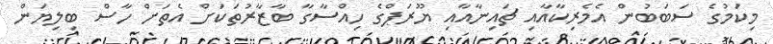
މިކަމުގެ ސަބަބުން އެމެރިކާއާއި ޗައިނާއާއި ޔޫރަޕްގެ ހިއްސާގާ ބާޒާރުތަކަށް އެތަށް ހާސް ބިލިޔަން